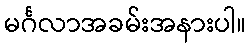
မင်္ဂလာအခမ်းအနားပါ။